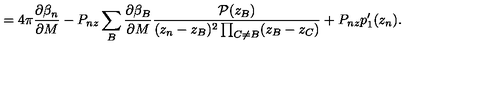
= 4 \pi \frac { \partial \beta _ { n } } { \partial M } - P _ { n z } \sum _ { B } \frac { \partial \beta _ { B } } { \partial M } \frac { { \cal P } ( z _ { B } ) } { ( z _ { n } - z _ { B } ) ^ { 2 } \prod _ { C \neq B } ( z _ { B } - z _ { C } ) } + P _ { n z } p _ { 1 } ^ { \prime } ( z _ { n } ) .